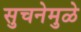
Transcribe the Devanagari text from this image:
सुचनेमुळे